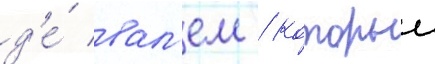
д'е́ вал'ем / которыи